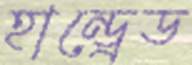
হান্ড্রেড